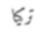
تركيا